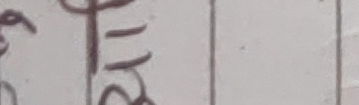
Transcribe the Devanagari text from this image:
भ११
ज्ञख